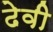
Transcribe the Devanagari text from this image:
ढेवी